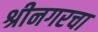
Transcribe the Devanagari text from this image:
श्रीनगरचा